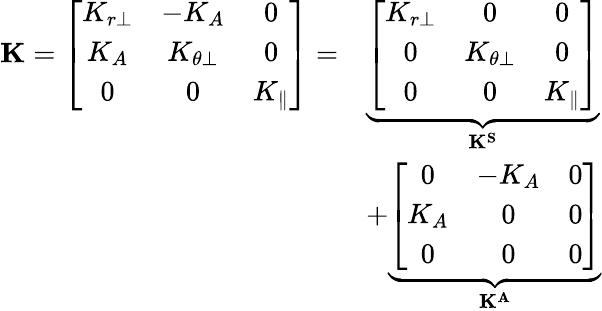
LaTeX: \begin{array}{rl}{\mathbf{K}=\left[\begin{array}{ccc}{K_{r\perp}}&{-K_{A}}&{0}\\ {K_{A}}&{K_{\theta\perp}}&{0}\\ {0}&{0}&{K_{\parallel}}\end{array}\right]=}&{\underbrace{\left[\begin{array}{ccc}{K_{r\perp}}&{0}&{0}\\ {0}&{K_{\theta\perp}}&{0}\\ {0}&{0}&{K_{\parallel}}\end{array}\right]}_{\mathbf{K^{S}}}}\\ &{+\underbrace{\left[\begin{array}{ccc}{0}&{-K_{A}}&{0}\\ {K_{A}}&{0}&{0}\\ {0}&{0}&{0}\end{array}\right]}_{\mathbf{K^{A}}}}\end{array}